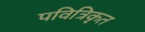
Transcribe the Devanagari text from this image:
पवित्रिकृत